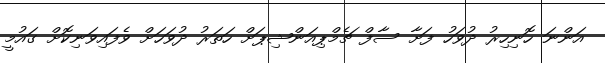
އަންނަ ހޮނިހިރު ދުވަހު ފަށާ ސާފް ޗެމްޕިއަންޝިޕަށް ހަތަރު ދުވަހަށް ވެފައިވަނިކޮށް ގައުމީ